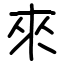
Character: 來